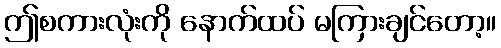
ဤစကားလုံးကို နောက်ထပ် မကြားချင်တော့။